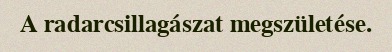
A radarcsillagászat megszületése.